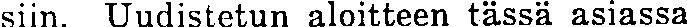
siin. Uudistetun aloitteen tässä asiassa